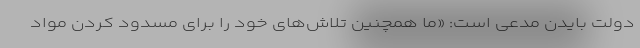
دولت بایدن مدعی است: «ما همچنین تلاش‌های خود را برای مسدود کردن مواد